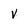
Character: v